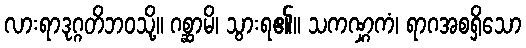
လားရာဒုဂ္ဂတိဘဝသို့။ ဂစ္ဆာမိ၊ သွားရ၏။ သကဏ္ဋကံ၊ ရာဂအစရှိသော